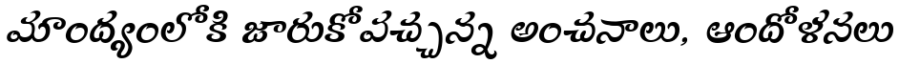
మాంద్యంలోకి జారుకోవచ్చన్న అంచనాలు, ఆందోళనలు